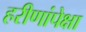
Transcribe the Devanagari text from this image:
हरीणांपेक्षा